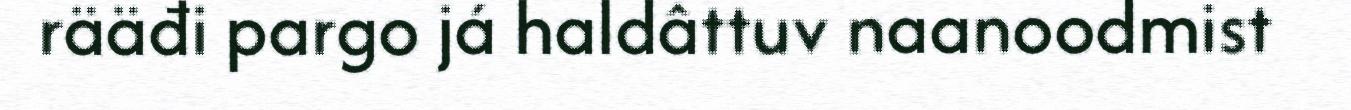
rääđi pargo já haldâttuv naanoodmist